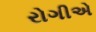
રોગીએ